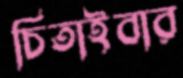
চিতাইবার